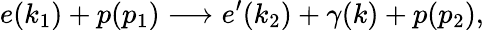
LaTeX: e(k_{1})+p(p_{1})\longrightarrow e^{\prime}(k_{2})+\gamma(k)+p(p_{2}),